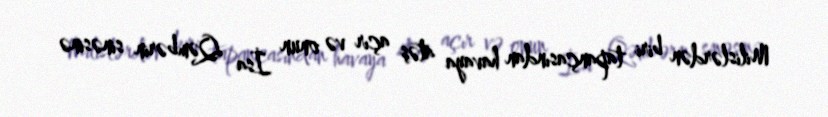
Milislərdən biri tapançasından havaya atəş açır və onun İsa Qəmbərin sinəsinə